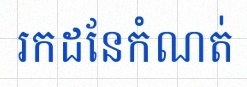
រកដែនកំណត់